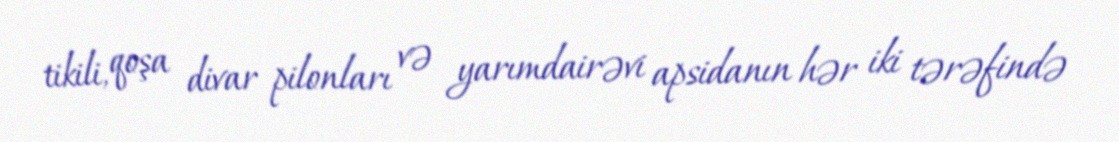
tikili, qoşa divar pilonları və yarımdairəvi apsidanın hər iki tərəfində